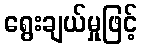
ရွေးချယ်မှုဖြင့်